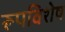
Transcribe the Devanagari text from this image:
रूपविशेष